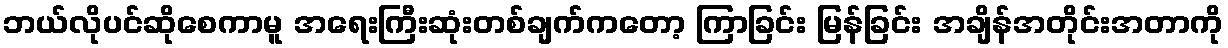
ဘယ်လိုပင်ဆိုစေကာမူ အရေးကြီးဆုံးတစ်ချက်ကတော့ ကြာခြင်း မြန်ခြင်း အချိန်အတိုင်းအတာကို